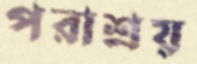
পরাশ্রয়